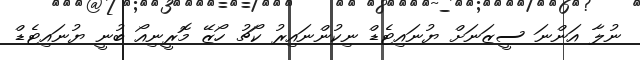
ނުލާ އަންނަ ސީޒަނަށް ޔުނައިޓެޑް ނިކުންނައިރު ކޯޗު ހޯޒޭ މޮރީނިއޯ ބުނީ ޔުނައިޓެޑް